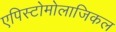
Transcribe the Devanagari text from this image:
एपिस्टोमोलाजिकल